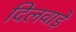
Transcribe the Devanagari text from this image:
दिलवाड़े